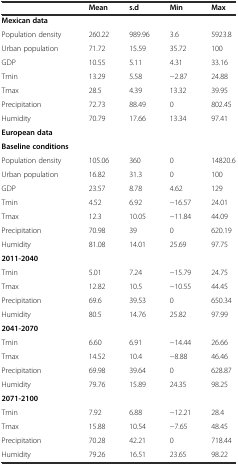
|  | Mean | s.d | Min | Max |
 | --- | --- | --- | --- | --- |
 | Mexican data |  |  |  |  |
 | Population density | 260.22 | 989.96 | 3.6 | 5923.8 |
 | Urban population | 71.72 | 15.59 | 35.72 | 100 |
 | GDP | 10.55 | 5.11 | 4.31 | 33.16 |
 | Tmin | 13.29 | 5.58 | -2.87 | 24.88 |
 | Tmax | 28.5 | 4.39 | 13.32 | 39.95 |
 | Precipitation | 72.73 | 88.49 | 0 | 802.45 |
 | Humidity | 70.79 | 17.66 | 13.34 | 97.41 |
 | European data |  |  |  |  |
 | Baseline conditions |  |  |  |  |
 | Population density | 105.06 | 360 | 0 | 14820.6 |
 | Urban population | 16.82 | 31.3 | 0 | 100 |
 | GDP | 23.57 | 8.78 | 4.62 | 129 |
 | Tmin | 4.52 | 6.92 | -16.57 | 24.01 |
 | Tmax | 12.3 | 10.05 | -11.84 | 44.09 |
 | Precipitation | 70.98 | 39 | 0 | 620.19 |
 | Humidity | 81.08 | 14.01 | 25.69 | 97.75 |
 | 2011-2040 |  |  |  |  |
 | Tmin | 5.01 | 7.24 | -15.79 | 24.75 |
 | Tmax | 12.82 | 10.5 | -10.55 | 44.45 |
 | Precipitation | 69.6 | 39.53 | 0 | 650.34 |
 | Humidity | 80.5 | 14.76 | 25.82 | 97.99 |
 | 2041-2070 |  |  |  |  |
 | Tmin | 6.60 | 6.91 | -14.44 | 26.66 |
 | Tmax | 14.52 | 10.4 | -8.88 | 46.46 |
 | Precipitation | 69.98 | 39.64 | 0 | 628.87 |
 | Humidity | 79.76 | 15.89 | 24.35 | 98.25 |
 | 2071-2100 |  |  |  |  |
 | Tmin | 7.92 | 6.88 | -12.21 | 28.4 |
 | Tmax | 15.88 | 10.54 | -7.65 | 48.45 |
 | Precipitation | 70.28 | 42.21 | 0 | 718.44 |
 | Humidity | 79.26 | 16.51 | 23.65 | 98.22 |